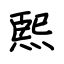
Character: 熙